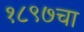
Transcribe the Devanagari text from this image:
१८९७चा